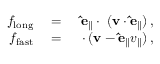
\begin{array} { r l r } { f _ { \mathrm { l o n g } } } & { { } = } & { \mathbf { \hat { e } _ { \parallel } } \cdot \mathbf { \nabla } ( \mathbf { v } \cdot \mathbf { \hat { e } _ { \parallel } } ) \, , } \\ { f _ { \mathrm { f a s t } } } & { { } = } & { \mathbf { \nabla } \cdot ( \mathbf { v } - \mathbf { \hat { e } _ { \parallel } } v _ { \parallel } ) \, , } \end{array}